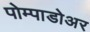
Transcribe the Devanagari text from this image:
पोम्पाडोअर